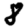
Digit: 8